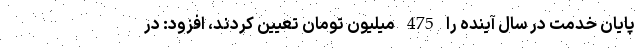
پایان خدمت در سال آینده را 475 میلیون تومان تعیین کردند، افزود: در